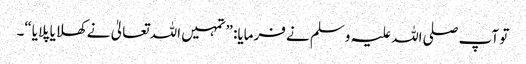
تو آپ صلی اللہ علیہ وسلم نے فرمایا: ”تمہیں اللہ تعالیٰ نے کھلایا پلایا“۔